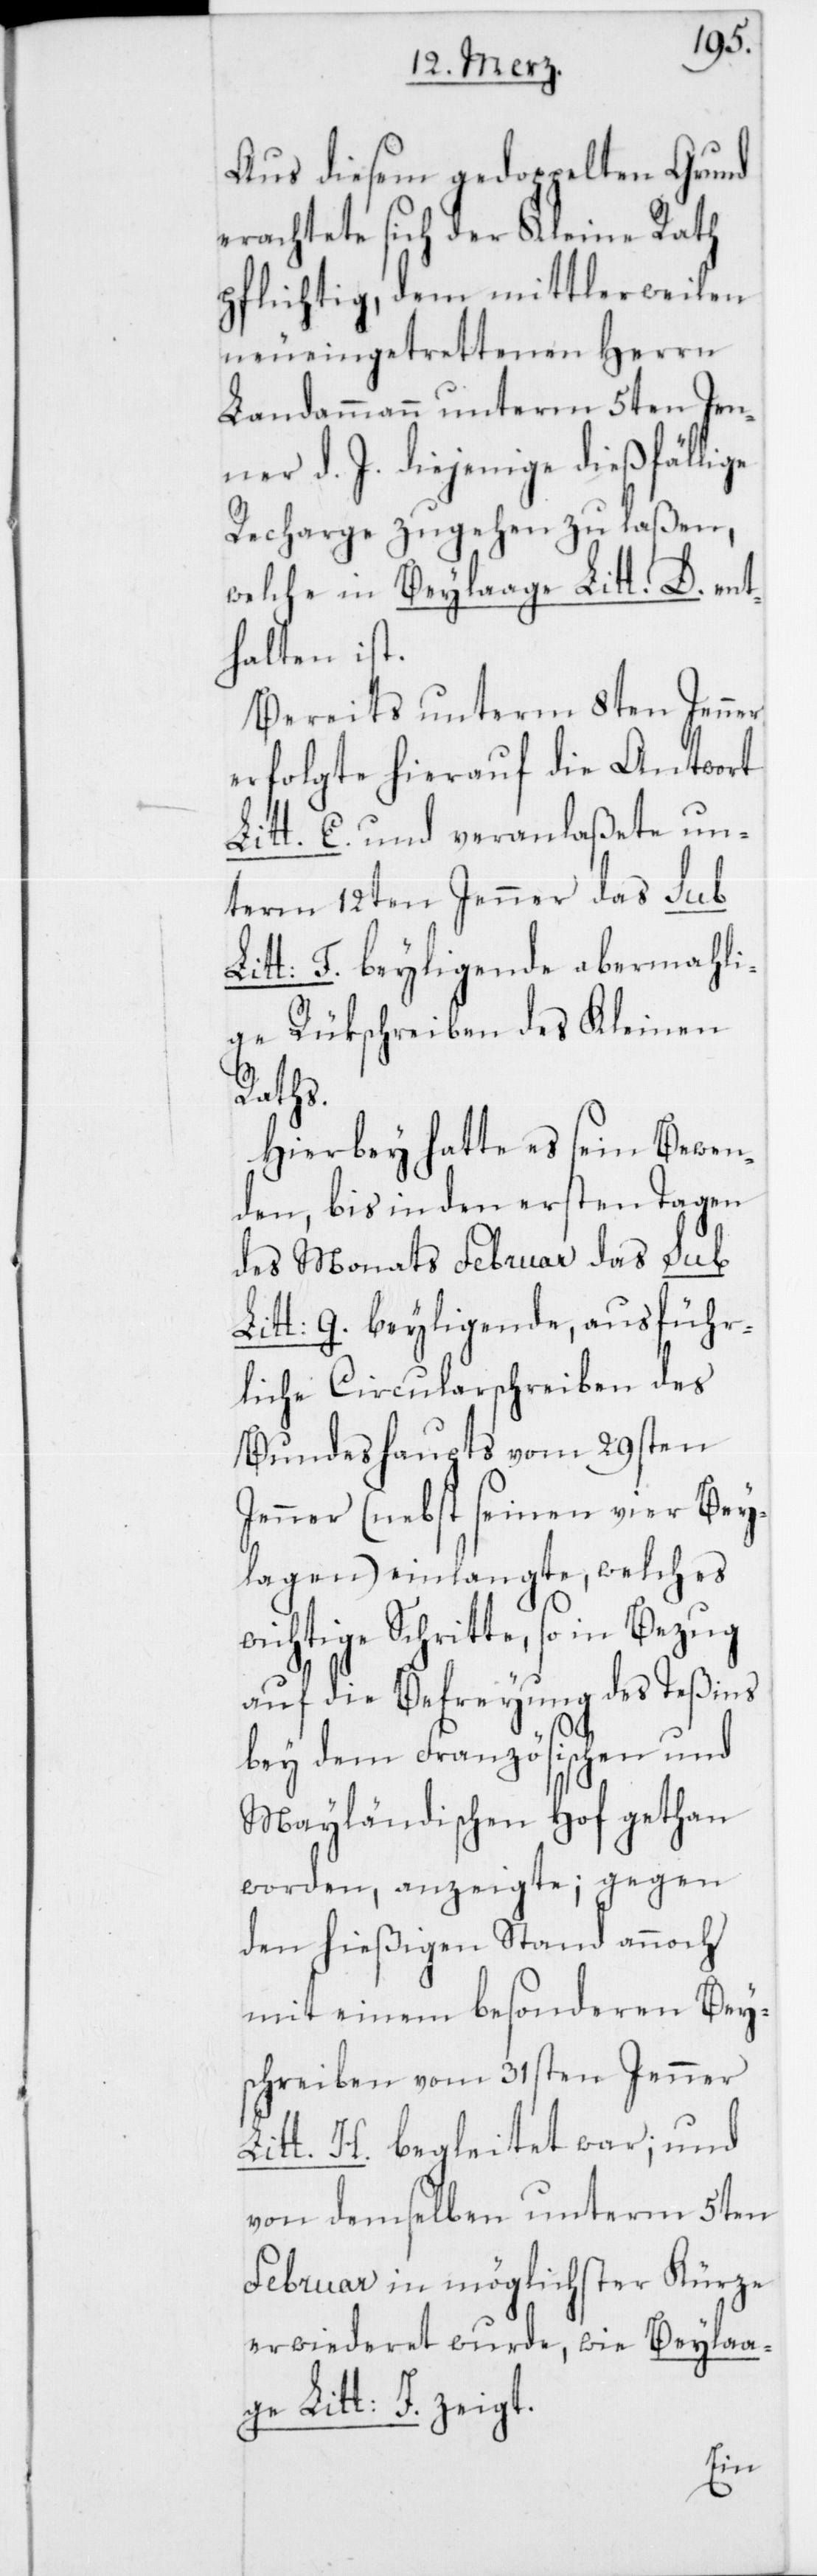
Aus diesem gedoppelten Grund
erachtete sich der Kleine Rath
pflichtig, dem mittlerweilen
neu eingetrettenen Herrn
Landammann unterm 5ten Jen¬
ner d. J. diejenige dießfällige
Recharge zugehen zu laßen,
welche in Beylaage Litt. D. ent¬
halten ist.
Bereits unterm 8ten Jenner
erfolgte hierauf die Antwort
Litt. C. und veranlaßete un¬
term 12ten Jenner das sub
Litt: F. beyligende abermahli¬
ge Rükschreiben des Kleinen
Raths.
Hierbey hatte es sein Bewen¬
den, bis in den ersten Tagen
des Monats Februar das sub
Litt. G. beyligende, ausführ¬
liche Circularschreiben des
Bundeshaupts vom 29sten
Jenner (nebst seinen vier Bey¬
lagen) einlangte, welches
wichtige Schritte, so in Bezug
auf die Befreyung des Teßins
bey dem Französischen und
Mayländischen Hof gethan
worden, anzeigte; gegen
den hießigen Stand annoch
mit einem besonderen Bey¬
schreiben vom 31sten Jenner
Litt. H. begleitet war; und
von demselben unterm 5ten
Februar in möglichster Kürze
erwiederet wurde, wie Beylaa¬
ge Litt: J. zeigt.